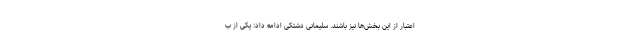
اعتبار از این بخش‌ها نیز باشند. سلیمانی دشتکی ادامه داد: یکی از ب